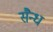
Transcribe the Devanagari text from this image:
सैन्ध